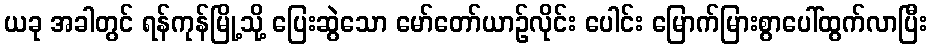
ယခု အခါတွင် ရန်ကုန်မြို့သို့ ပြေးဆွဲသော မော်တော်ယာဉ်လိုင်း ပေါင်း မြောက်မြားစွာပေါ်ထွက်လာပြီး